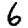
Digit: 6